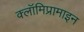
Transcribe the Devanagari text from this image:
क्लॉमिप्रामाइन